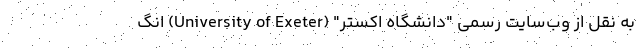
به نقل از وب‌سایت رسمی "دانشگاه اکستر" (University of Exeter) انگ